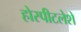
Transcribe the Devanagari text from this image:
होस्पीटलेशे